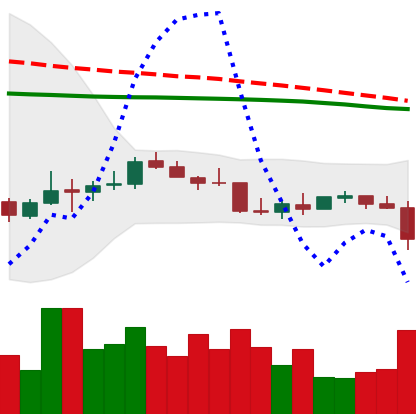
Ticker: LTC-USD
Chart end date: 2022-01-05
Forward return: -6.801%
Label: down_5_7